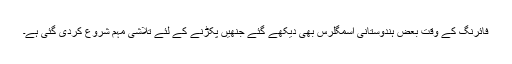
فائرنگ کے وقت بعض ہندوستانی اسمگلرس بھی دیکھے گئے جنھیں پکڑنے کے لئے تلاشی مہم شروع کردی گئی ہے۔